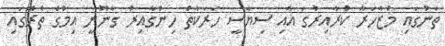
ތަނުގައި މުޒާހަރާ ކުރާއިރުގަ އާއި ސިޔާސީ ހަރަކާތް ހިންގާއިރު ގާނޫނީ އިމުގެ ތެރޭގައި